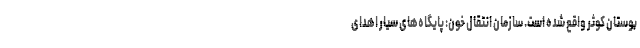
بوستان کوثر واقع شده است. سازمان انتقال خون: پایگاه‌های سیار اهدای